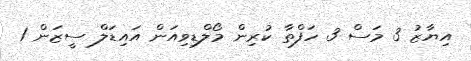
އިޔާޒު 3 މަސް 3 ހަފްތާ ކުރިން މޯލްޑިވިއަން އައިޑަލް ސީޒަން 1